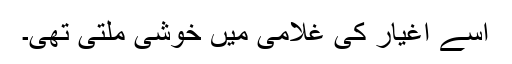
اسے اغیار کی غلامی میں خوشی ملتی تھی۔